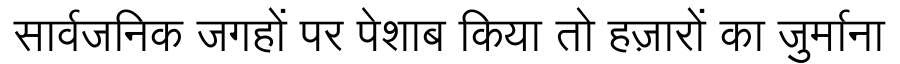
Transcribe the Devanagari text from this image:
सार्वजनिक जगहों पर पेशाब किया तो हज़ारों का जुर्माना